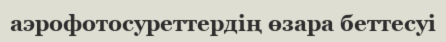
аэрофотосуреттердің өзара беттесуі